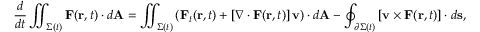
{ \frac { d } { d t } } \iint _ { \Sigma ( t ) } \mathbf { F } ( \mathbf { r } , t ) \cdot d \mathbf { A } = \iint _ { \Sigma ( t ) } \left( \mathbf { F } _ { t } ( \mathbf { r } , t ) + \left[ \nabla \cdot \mathbf { F } ( \mathbf { r } , t ) \right] \mathbf { v } \right) \cdot d \mathbf { A } - \oint _ { \partial \Sigma ( t ) } \left[ \mathbf { v } \times \mathbf { F } ( \mathbf { r } , t ) \right] \cdot d \mathbf { s } ,